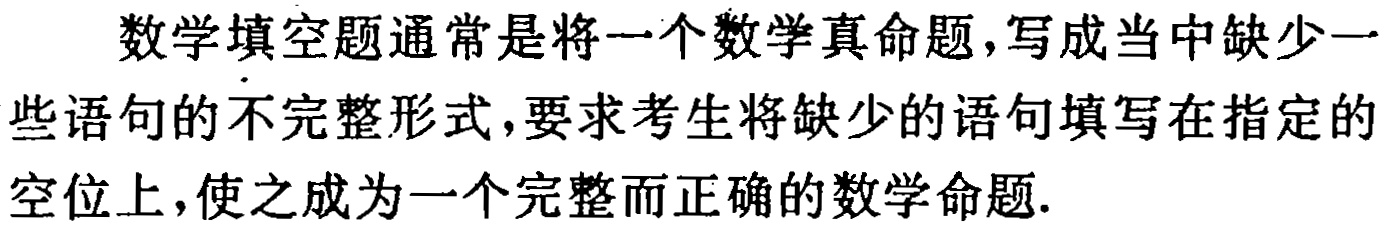
数学填空题通常是将一个数学真命题，写成当中缺少一些语句的不完整形式，要求考生将缺少的语句填写在指定的空位上，使之成为一个完整而正确的数学命题.